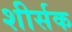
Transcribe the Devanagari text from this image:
शीर्सक